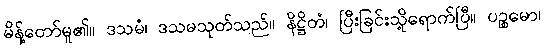
မိန့်တော်မူ၏။ ဒသမံ၊ ဒသမသုတ်သည်။ နိဋ္ဌိတံ၊ ပြီးခြင်းသို့ရောက်ပြီ။ ပဉ္စမော၊